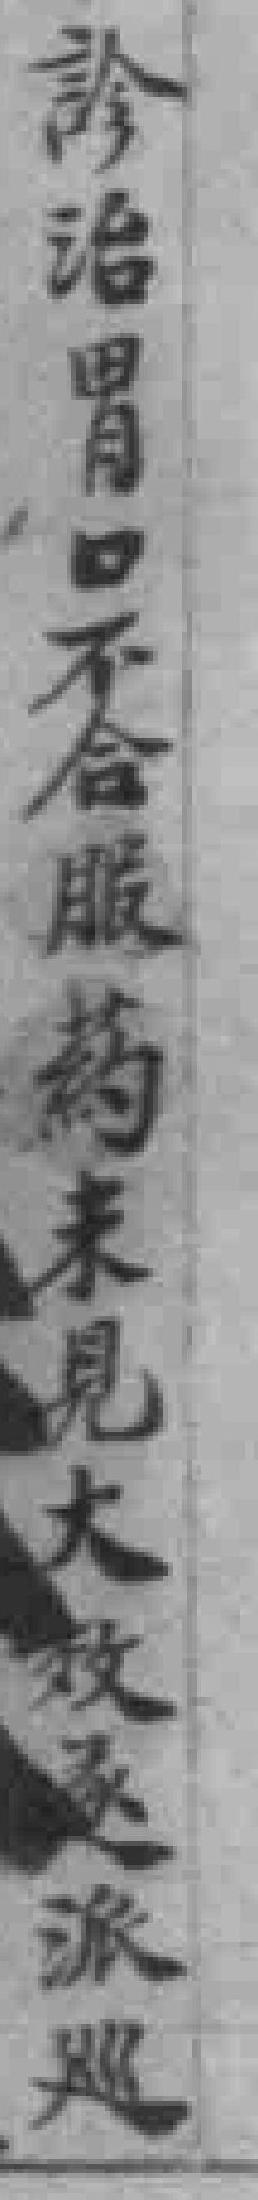
診治胃口不合服葯未見大效遂派巡